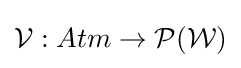
{\mathcal {V}}:Atm\to {\mathcal {P}}({\mathcal {W}})